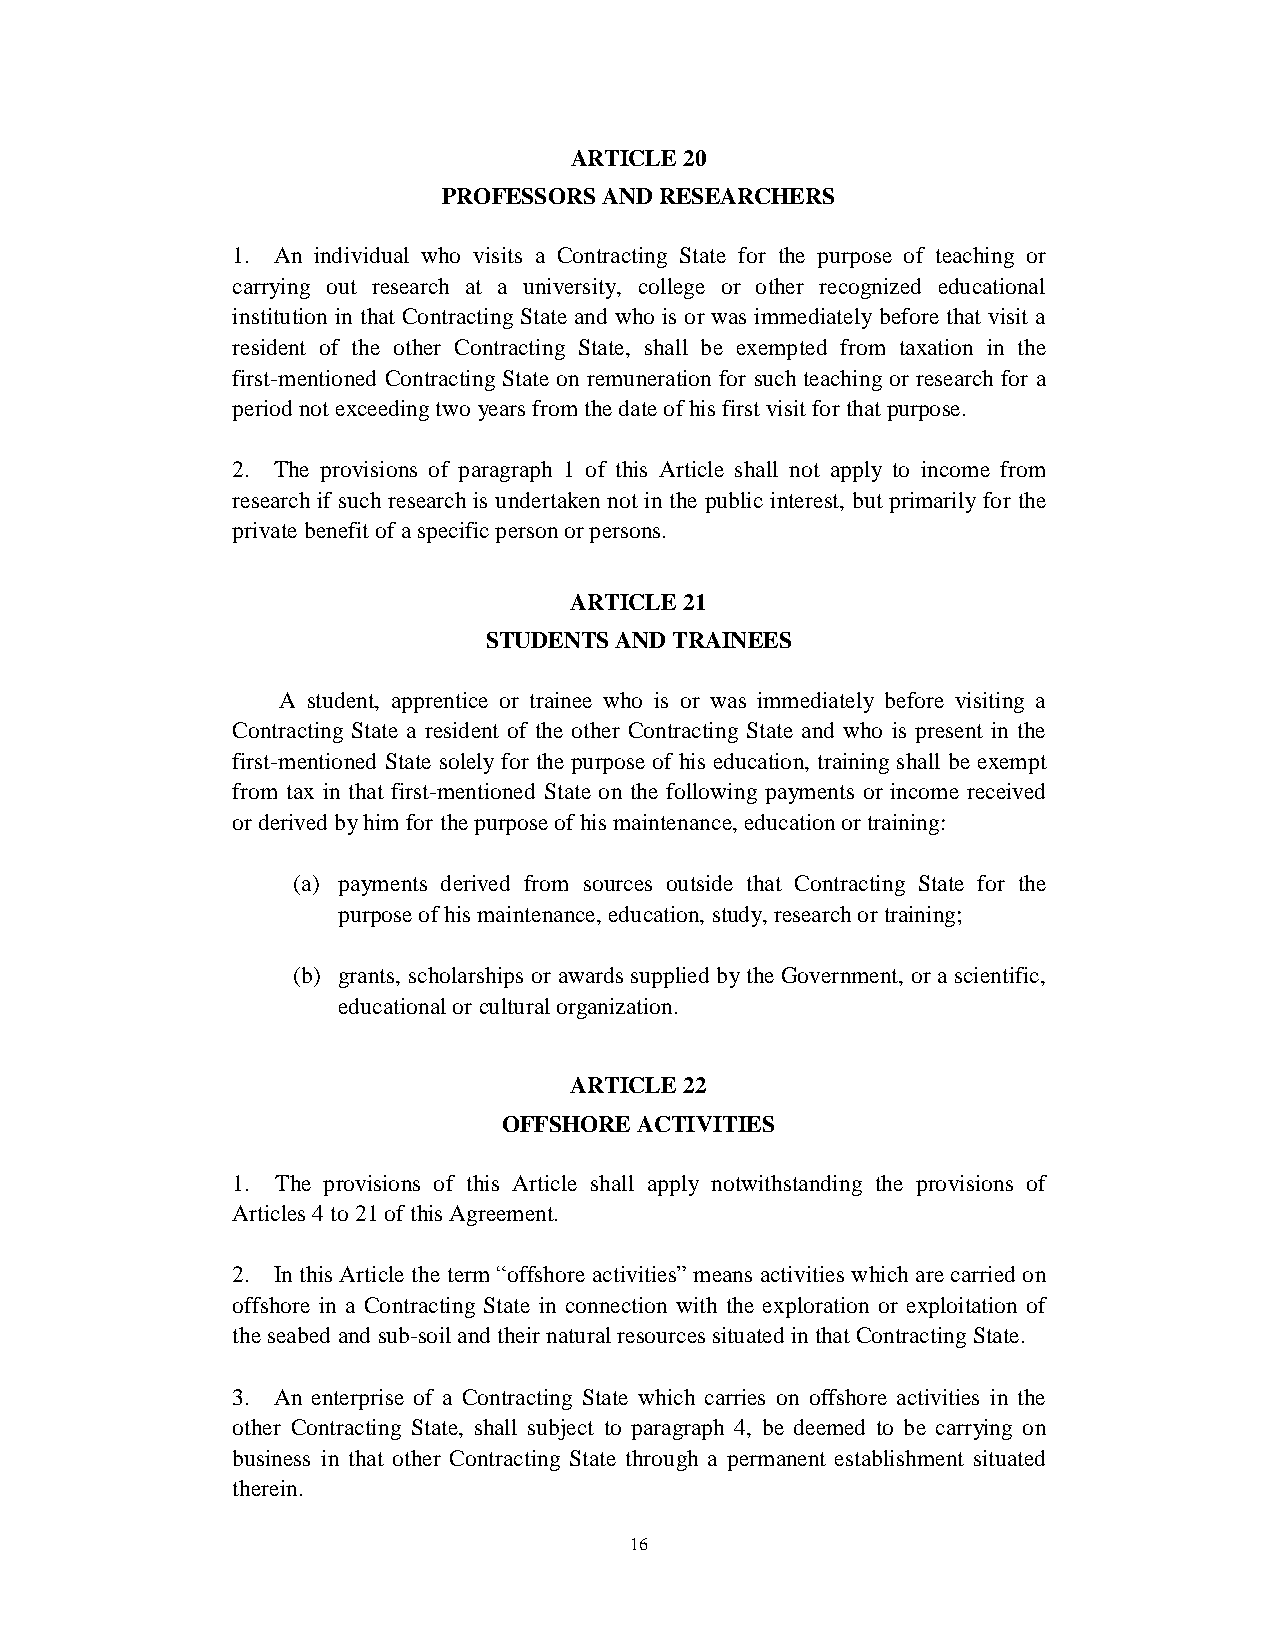
ARTICLE 20
 PROFESSORS AND RESEARCHERS
 1. An individual who visits a Contracting State for the purpose of teaching or
 carrying out research at a university, college or other recognized educational
 institution in that Contracting State and who is or was immediately before that visit a
 resident of the other Contracting State, shall be exempted from taxation in the
 first-mentioned Contracting State on remuneration for such teaching or research for a
 period not exceeding two years from the date of his first visit for that purpose.
 2. The provisions of paragraph 1 of this Article shall not apply to income from
 research if such research is undertaken not in the public interest, but primarily for the
 private benefit of a specific person or persons.
 ARTICLE 21
 STUDENTS AND TRAINEES
 A student, apprentice or trainee who is or was immediately before visiting a
 Contracting State a resident of the other Contracting State and who is present in the
 first-mentioned State solely for the purpose of his education, training shall be exempt
 from tax in that first-mentioned State on the following payments or income received
 or derived by him for the purpose of his maintenance, education or training:
 (a) payments derived from sources outside that Contracting State for the
 purpose of his maintenance, education, study, research or training;
 (b) grants, scholarships or awards supplied by the Government, or a scientific,
 educational or cultural organization.
 ARTICLE 22
 OFFSHORE ACTIVITIES
 1. The provisions of this Article shall apply notwithstanding the provisions of
 Articles 4 to 21 of this Agreement.
 2. In this Article the term “offshore activities” means activities which are carried on
 offshore in a Contracting State in connection with the exploration or exploitation of
 the seabed and sub-soil and their natural resources situated in that Contracting State.
 3. An enterprise of a Contracting State which carries on offshore activities in the
 other Contracting State, shall subject to paragraph 4, be deemed to be carrying on
 business in that other Contracting State through a permanent establishment situated
 therein.
 16